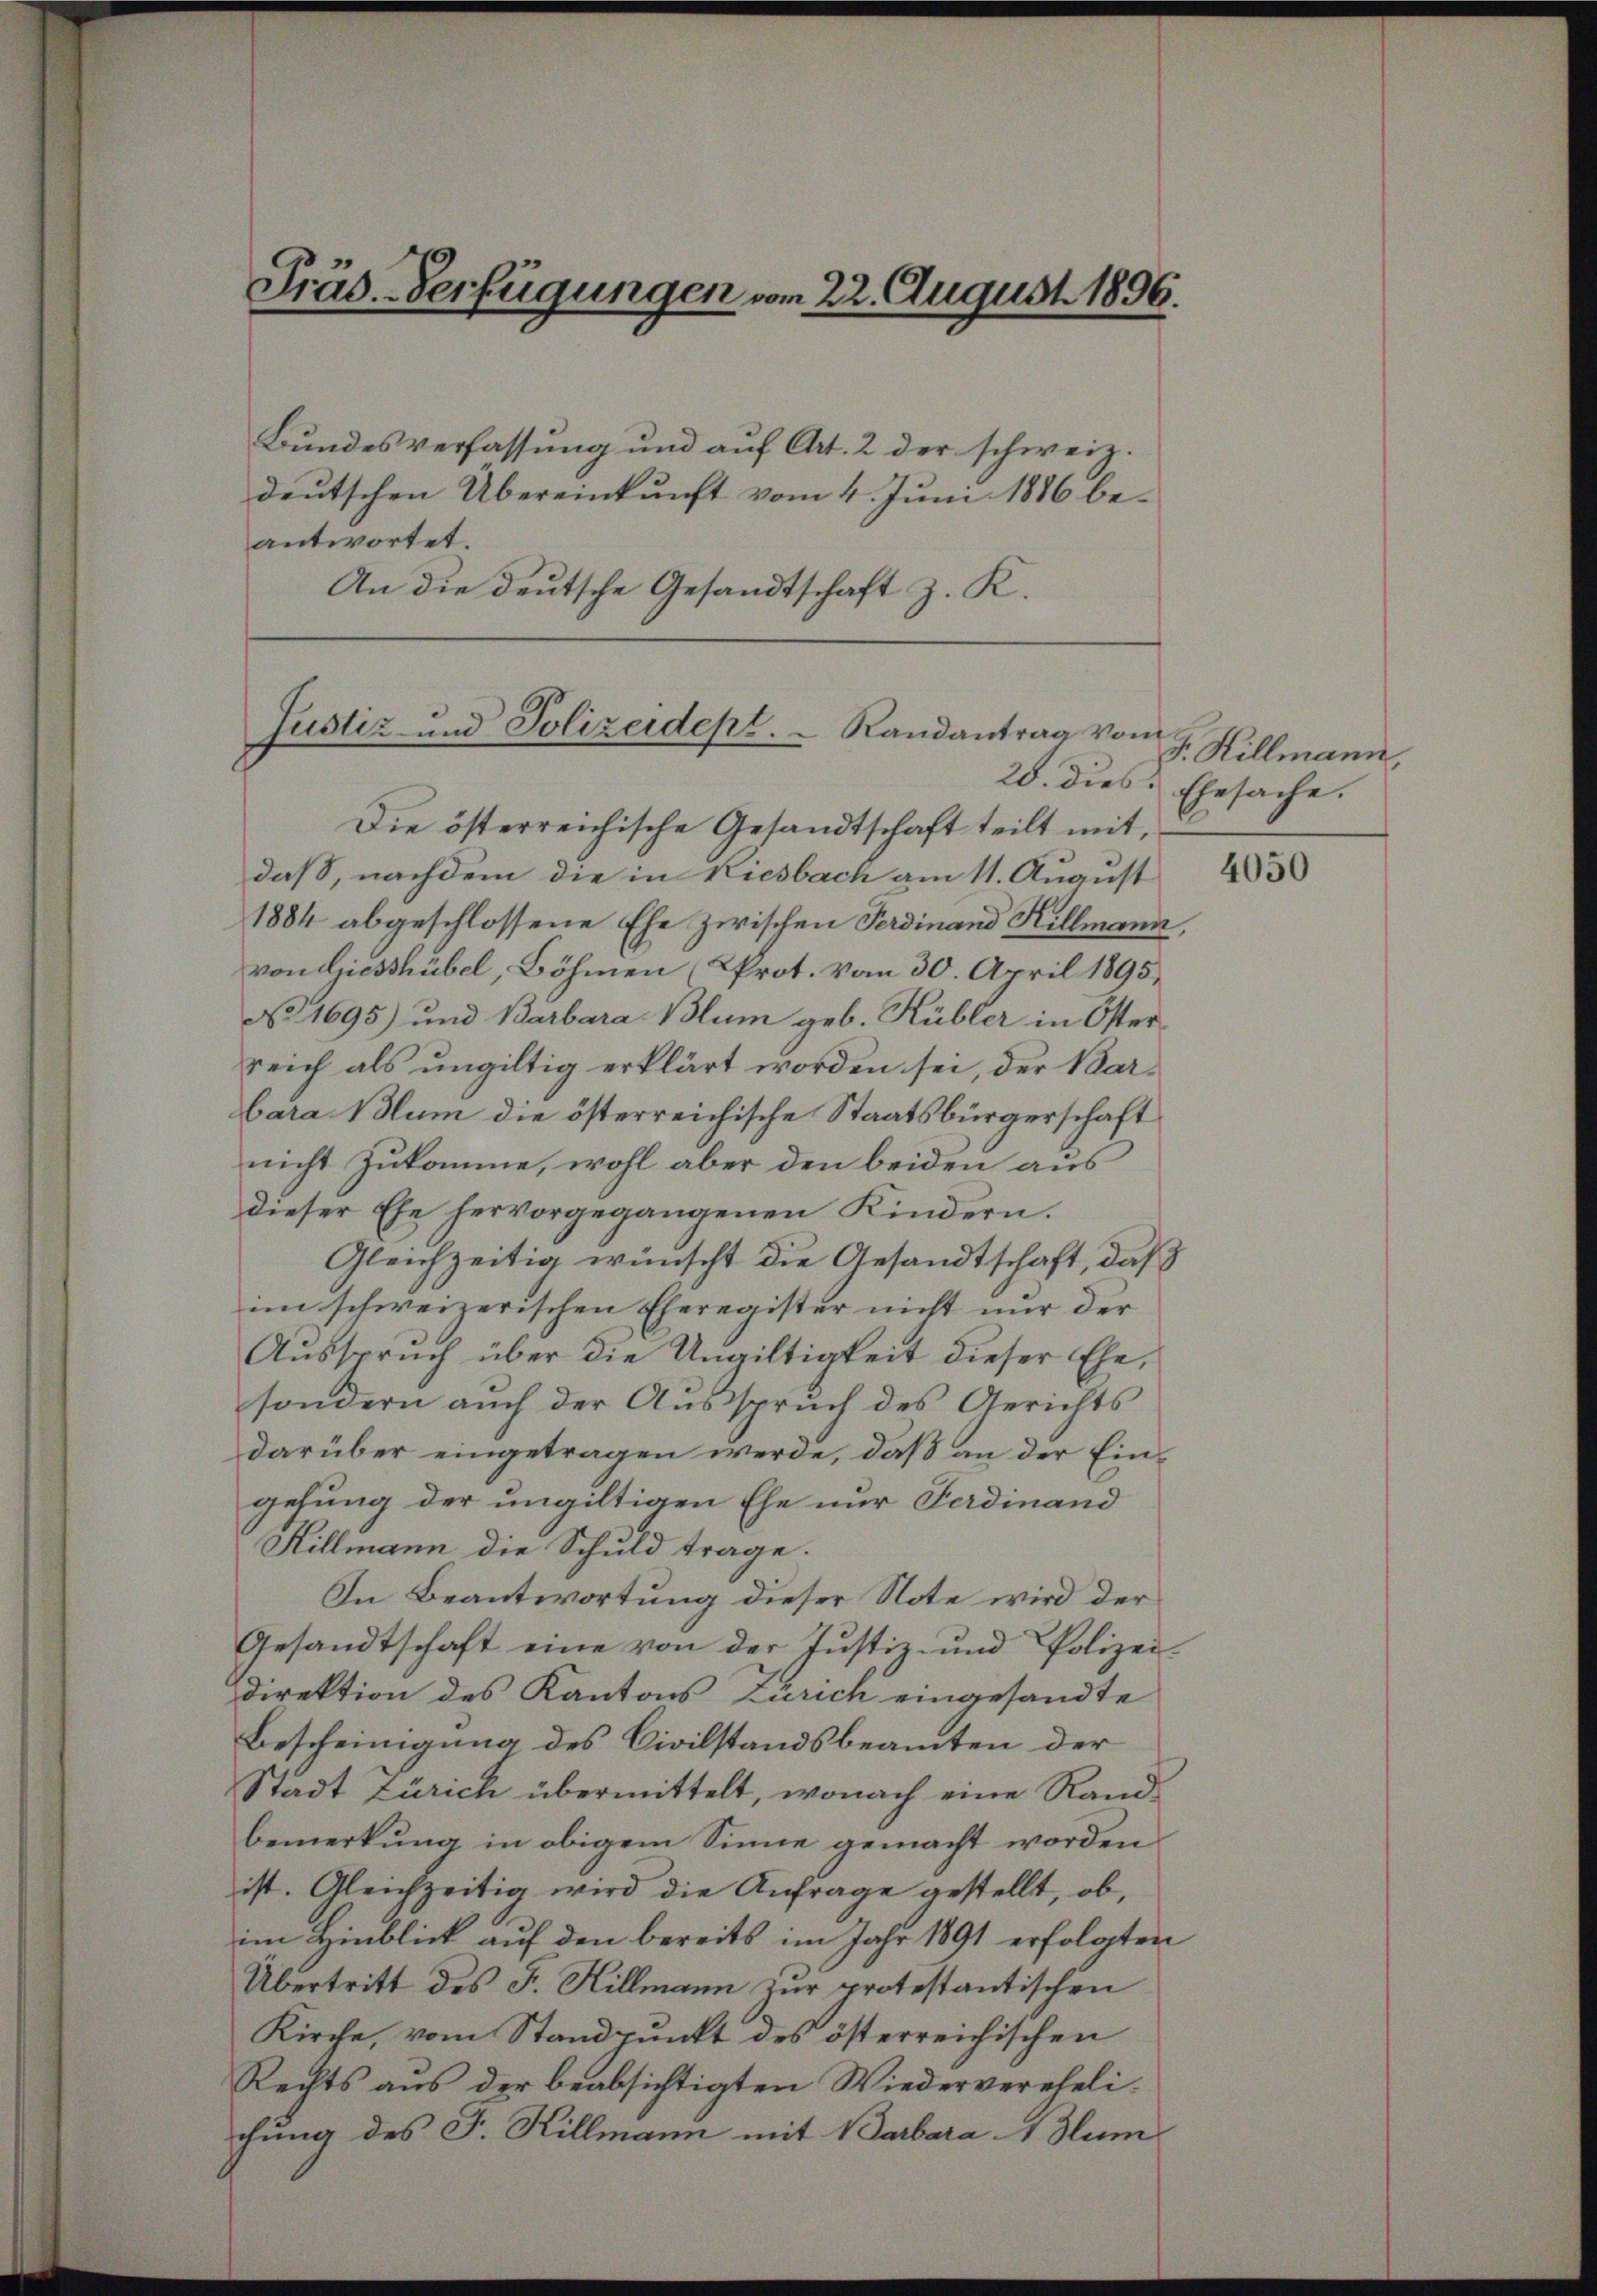
Präs. Verfügungen vom 22. August 1896.

Bundesverfassung und auf Art. 2 der schweiz.
deutschen Übereinkunft vom 4. Juni 1886 be-
antwortet.
An die deutsche Gesandtschaft z. K.

Justiz und Polizeidept.  Randantrag von
25. dies

Die österreichische Gesandtschaft teilt mit,
daß, nachdem die in Riesbach am 11. August
1884 abgeschlossene Ehe zwischen Ferdinand Hillmann,
von Giesshübel, Böhmen (Prot. Vom 30. April 1895.
No. 1695) und Barbara Blum geb. Kübler in Öster
reich als ungültig erklärt worden sei der Barbara Blum die österreichische Staatsbürgerschaft
nicht zukomme, wohl aber den beiden aus
dieser Ehe hervorgegangenen Kindern.
Gleichzeitig wünscht die Gesandtschaft, daß
im schweizerischen Eheregister nicht nur der
Ausspruch über die Ungültigkeit dieser Ehe,
sondern aŭch der Ausspruch des Gerichts
darüber eingetragen werde, daß an der Ein-
gehung der ungültigen Ehe nur Ferdinand
Hillmann die Schuld trage.
In Beantwortung dieser Note wird der
Gesandtschaft eine von der Justiz- und Polizei-
direktion des Kantons Zürich eingesandte
Bescheinigung des Civilstandsbeamten der
Stadt Zürich übermittelt, wonach eine Randbemerkung in obigem Sinne gemacht worden
ist. Gleichzeitig wird die Anfrage gestellt, ob,
im Hinblick auf den bereits im Jahr 1891 erfolgten
Übertritt des F. Hillmann zur protestantischen
Kirche, vom Standpunkt des österreichischen
Rechts aus der beabsichtigten Wiederverehelichung des F. Killmann mit 1 Parbara 1 Stum

e
F. Hillmann,
Ehesache.

4050